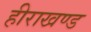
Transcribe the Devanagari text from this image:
हीराखण्ड